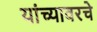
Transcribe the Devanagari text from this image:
यांच्यावरचे